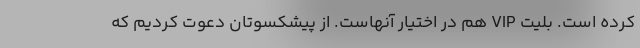
کرده است. بلیت VIP هم در اختیار آنهاست. از پیشکسوتان دعوت کردیم که